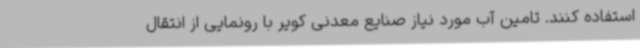
استفاده کنند. تامین آب مورد نیاز صنایع معدنی کویر با رونمایی از انتقال